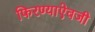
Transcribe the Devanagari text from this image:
फिरण्याऐवजी